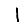
Digit: 1